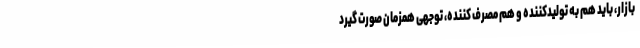
بازار، باید هم به تولیدکننده و هم مصرف کننده، توجهی همزمان صورت گیرد